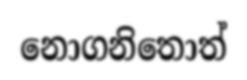
නොගනිතොත්